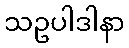
သဥပါဒါနာ